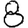
Digit: 8